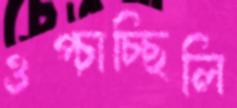
ওপ্‌চাচ্ছিলি